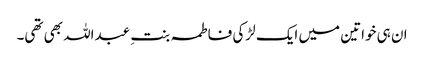
ان ہی خواتین میں ایک لڑکی فاطمہ بنتِ عبداللہ بھی تھی۔